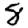
Digit: 8